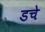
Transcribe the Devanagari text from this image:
डचे